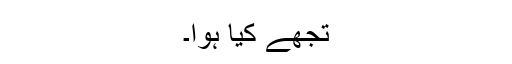
تجھے کیا ہوا۔